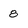
Character: 8